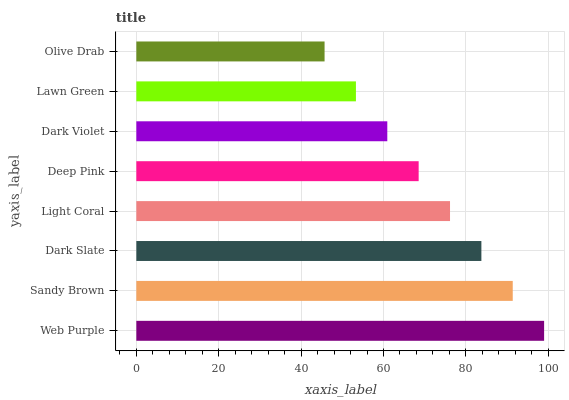
| yaxis_label | bars |
 | --- | --- |
 | Web Purple | 99 |
 | Sandy Brown | 91.4 |
 | Dark Slate | 83.8 |
 | Light Coral | 76.2 |
 | Deep Pink | 68.5 |
 | Dark Violet | 60.9 |
 | Lawn Green | 53.3 |
 | Olive Drab | 45.7 |